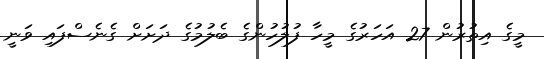
މީގެ އިތުރުން 27 އަހަރުގެ މީހާ ފުލުހުންގެ ބެލުމުގެ ދަށަށް ގެނެސްފައި ވަނީ